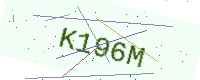
Text: K196M